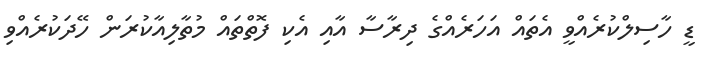
ޑީ ހާސިލްކުރެއްވީ އެތައް އަހަރެއްގެ ދިރާސާ އާއި އެކި ފޮތްތައް މުތާލިއާކުރަން ހޭދަކުރެއްވި